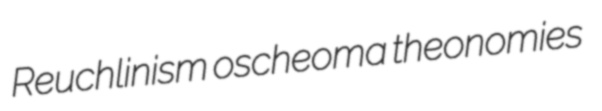
Reuchlinism oscheoma theonomies